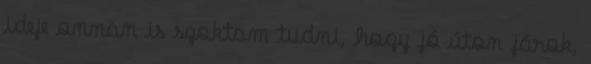
ideje onnan is szoktam tudni, hogy jó úton járok,